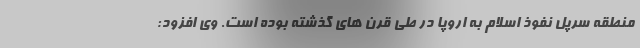
منطقه سرپل نفوذ اسلام به اروپا در طی قرن های گذشته بوده است. وی افزود: